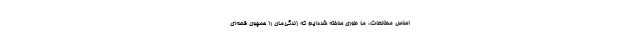
اساس مطالعات، ما طوری ساخته شده‌ایم که زندگی‌مان را همچون قصه‌ای